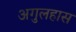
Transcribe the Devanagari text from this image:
अगुलहास